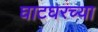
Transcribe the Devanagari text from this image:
घाटघरच्या